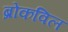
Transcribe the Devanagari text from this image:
ब्रोकविल